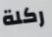
ركلة